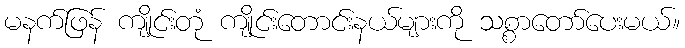
မနက်ဖြန် ကျိုင်းတုံ ကျိုင်းတောင်းနယ်များကို သစ္စာတော်ပေးမယ်။